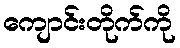
ကျောင်းတိုက်ကို